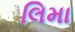
લિમા